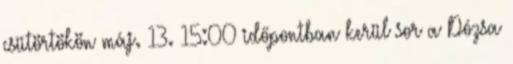
csütörtökön máj. 13. 15:00 időpontban kerül sor a Dózsa